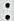
: